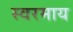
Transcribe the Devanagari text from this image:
स्वरमाय